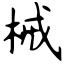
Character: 械